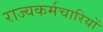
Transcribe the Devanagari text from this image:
राज्यकर्मचारियों